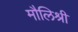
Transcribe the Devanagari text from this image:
मौलिश्री